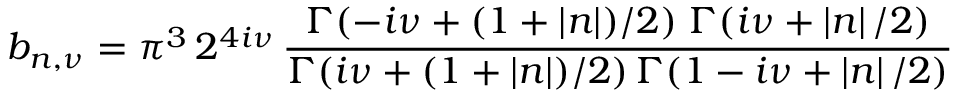
b _ { n , \nu } = \pi ^ { 3 } \, 2 ^ { 4 i \nu } \, \frac { \Gamma ( - i \nu + ( 1 + \left| n \right| ) / 2 ) \; \Gamma ( i \nu + \left| n \right| / 2 ) } { \Gamma ( i \nu + ( 1 + \left| n \right| ) / 2 ) \, \Gamma ( 1 - i \nu + \left| n \right| / 2 ) }